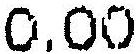
0.00